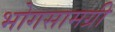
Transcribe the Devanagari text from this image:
भोगसामग्री